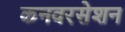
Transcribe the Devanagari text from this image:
कनवरसेशन